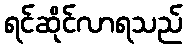
ရင်ဆိုင်လာရသည်